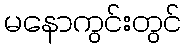
မနောကွင်းတွင်